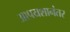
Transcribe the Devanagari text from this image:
आपयशानंतर